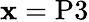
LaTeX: \mathbf{x}=\mathrm{{P3}}